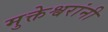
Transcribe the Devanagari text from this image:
मुक्तेश्वरांनी